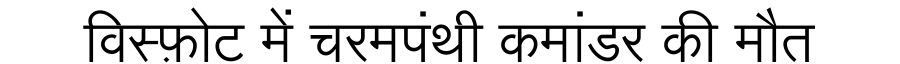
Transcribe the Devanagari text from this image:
विस्फ़ोट में चरमपंथी कमांडर की मौत